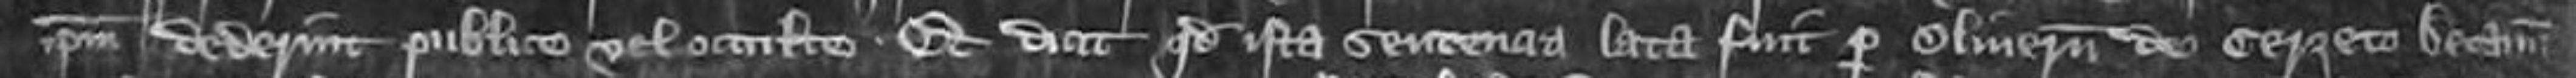
ipsum dederint publice vel occulte Et dicit quod ista sententia lata fuit per Oliverum de Cerreto Decanum